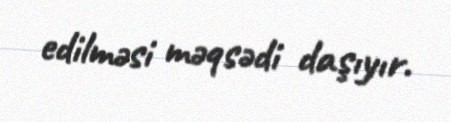
edilməsi məqsədi daşıyır.